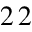
2 \, 2